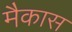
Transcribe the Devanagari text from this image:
मैकास